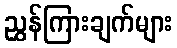
ညွှန်ကြားချက်များ